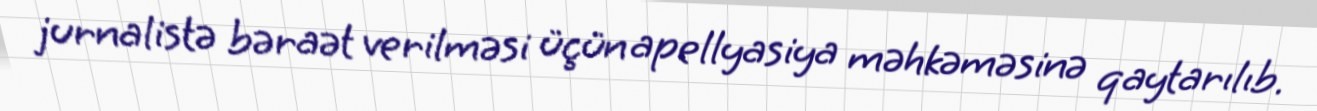
jurnalistə bəraət verilməsi üçün apellyasiya məhkəməsinə qaytarılıb.